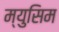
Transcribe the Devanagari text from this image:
म्युसिम